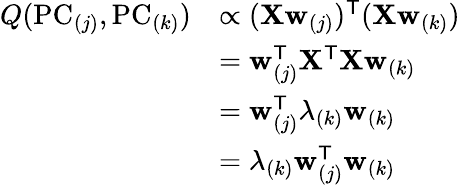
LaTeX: {\begin{array}{rl}{Q(\mathrm{PC}_{(j)},\mathrm{PC}_{(k)})}&{\propto(\mathbf{X}\mathbf{w}_{(j)})^{\mathsf{T}}(\mathbf{X}\mathbf{w}_{(k)})}\\ &{=\mathbf{w}_{(j)}^{\mathsf{T}}\mathbf{X}^{\mathsf{T}}\mathbf{X}\mathbf{w}_{(k)}}\\ &{=\mathbf{w}_{(j)}^{\mathsf{T}}\lambda_{(k)}\mathbf{w}_{(k)}}\\ &{=\lambda_{(k)}\mathbf{w}_{(j)}^{\mathsf{T}}\mathbf{w}_{(k)}}\end{array}}